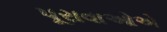
પૂરાવાઓએ